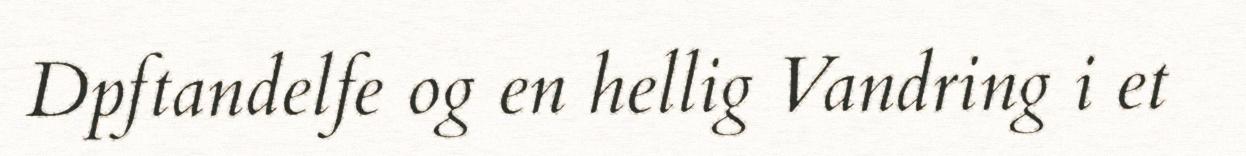
Dpftandelfe og en hellig Vandring i et